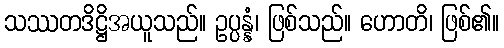
သဿတဒိဋ္ဌိအယူသည်။ ဥပ္ပန္နံ၊ ဖြစ်သည်။ ဟောတိ၊ ဖြစ်၏။